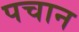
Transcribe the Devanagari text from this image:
पचान